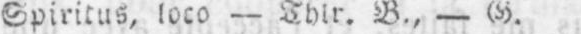
Spiritus, loco - Thlr. B., - G.